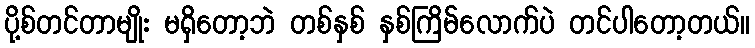
ပို့စ်တင်တာမျိုး မရှိတော့ဘဲ တစ်နှစ် နှစ်ကြိမ်လောက်ပဲ တင်ပါတော့တယ်။